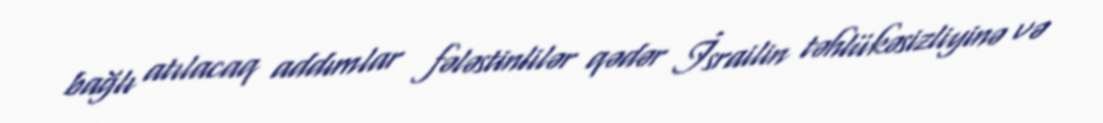
bağlı atılacaq addımlar fələstinlilər qədər İsrailin təhlükəsizliyinə və